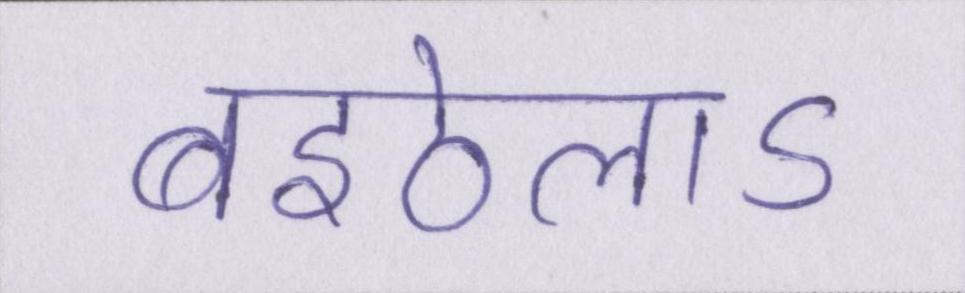
बइठेलाऽ